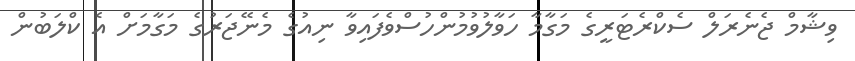
ވިޝާމް ޖެނެރަލް ސެކްރެޓަރީގެ މަގާމާ ހަވާލުވުމުންހުސްވެފައިވާ ނިއުގެ މެނޭޖަރުގެ މަގާމަށް އެ ކްލަބުން